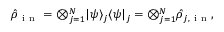
\hat { \rho } _ { \mathrm { ~ i ~ n ~ } } = \otimes _ { j = 1 } ^ { N } \vert \psi \rangle _ { j } \langle \psi \vert _ { j } = \otimes _ { j = 1 } ^ { N } \hat { \rho } _ { j , \mathrm { ~ i ~ n ~ } } ,